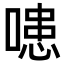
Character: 𭊍